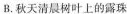
B.秋天清晨树叶上的露珠